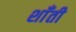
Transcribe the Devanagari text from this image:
शाँती